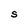
Character: S